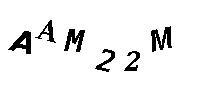
AAM22M